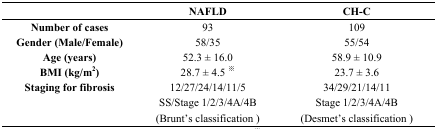
|  | NAFLD | CH-C |
 | --- | --- | --- |
 | Number of cases | 93 | 109 |
 | Gender (Male/Female) | 58/35 | 55/54 |
 | Age (years) | 52.3 ± 16.0 | 58.9 ± 10.9 |
 | BMI (kg/m2) | 28.7 ± 4.5 ※ | 23.7 ± 3.6 |
 | Staging for fibrosis | 12/27/24/14/11/5 | 34/29/21/14/11 |
 |  | SS/Stage 1/2/3/4A/4B (Brunt’s classification ) | Stage 1/2/3/4A/4B (Desmet’s classification ) |